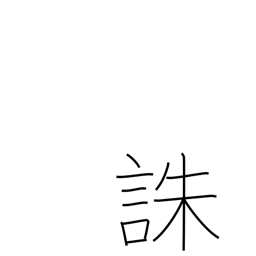
Meaning: death penalty